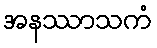
အနဿာသကံ